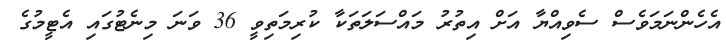
އެހެންނަމަވެސް ސެވިއްޔާ އަށް އިތުރު މައްސަލަތަކާ ކުރިމަތިވީ 36 ވަނަ މިނެޓުގައި އެޓީމުގެ